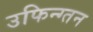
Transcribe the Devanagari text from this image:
उफिन्ग्तन